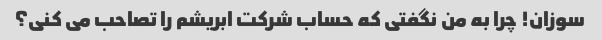
سوزان! چرا به من نگفتی که حساب شرکت ابریشم را تصاحب می کنی؟